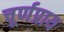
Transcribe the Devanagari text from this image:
चूर्णप्राय